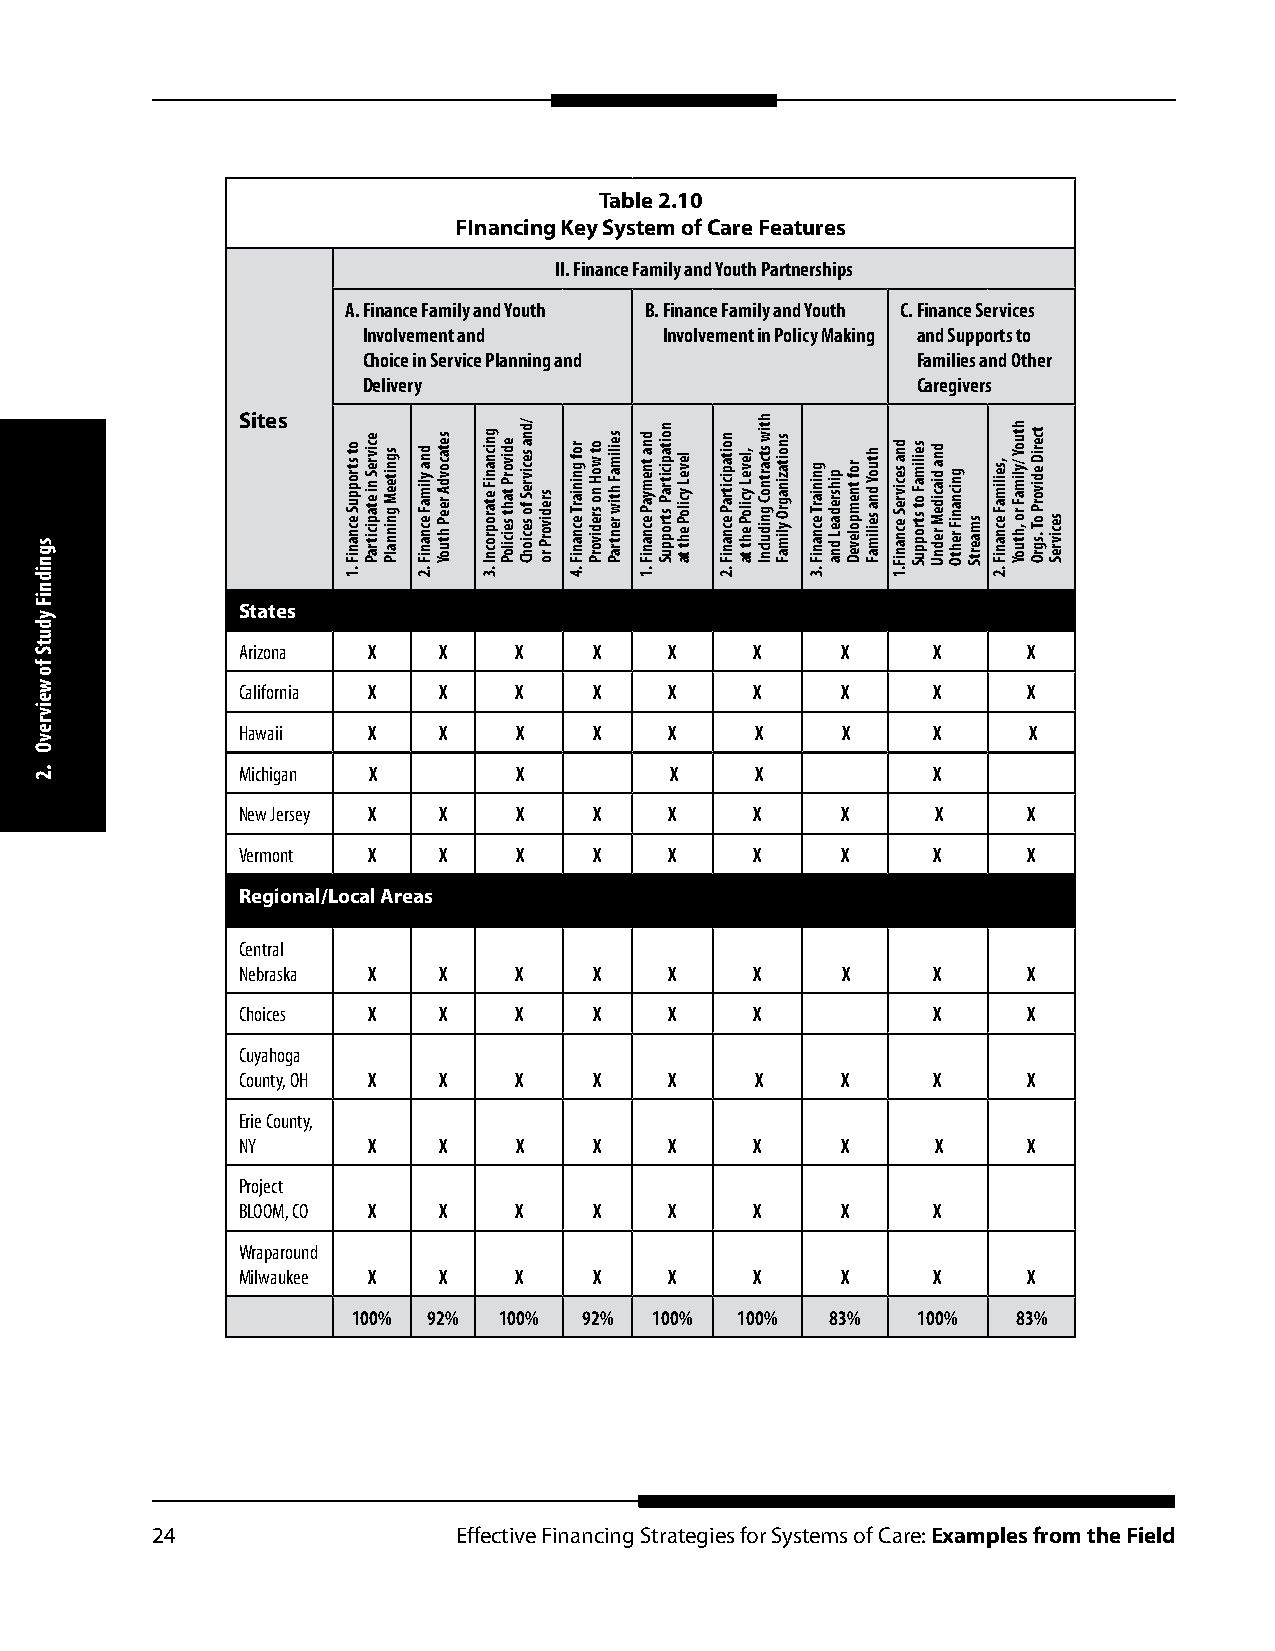
Table 2.10
 FInancing Key System of Care Features
 II. Finance Family and Youth Partnerships
 A. Finance Family and Youth B. Finance Family and Youth C. Finance Services
 Involvement and     Involvement in Policy Making and Supports to
 Choice in Service Planning and       Families and Other
 Delivery                             Caregivers
 Sites
 States
 Arizona X    X    X    X    X     X     X     X     X
 California X X    X    X    X     X     X     X     X
 Hawaii  X    X    X    X    X     X     X     X     X
 Michigan X        X         X     X           X
 New Jersey X X    X    X    X     X     X     X     X
 Vermont X    X    X    X    X     X     X     X     X
 Regional/Local Areas
 Central
 Nebraska X   X    X    X    X     X     X     X     X
 Choices X    X    X    X    X     X           X     X
 Cuyahoga
 County, OH X X    X    X    X     X     X     X     X
 Erie County,
 NY      X    X    X    X    X     X     X     X     X
 Project
 BLOOM, CO X  X    X    X    X     X     X     X
 Wraparound
 Milwaukee X  X    X    X    X     X     X     X     X
 100% 92%  100%  92% 100%  100%  83%   100%  83%
 24                  Effective Financing Strategies for Systems of Care: Examples from the Field
 sgnidniF
 ydutS
 fo
 weivrevO
 .2
 ot stroppuS
 ecnaniF
 .1
 ecivreS
 ni etapicitraP
 sgniteeM
 gninnalP
 dna ylimaF
 ecnaniF
 .2
 setacovdA
 reeP htuoY
 gnicnaniF
 etaroprocnI
 .3
 edivorP
 taht seiciloP
 /dna secivreS
 fo seciohC sredivorP
 ro
 rof gniniarT
 ecnaniF
 .4
 ot woH
 no sredivorP
 seilimaF
 htiw rentraP
 dna tnemyaP
 ecnaniF
 .1
 noitapicitraP
 stroppuS
 leveL
 yciloP eht
 ta
 noitapicitraP
 ecnaniF
 .2
 ,leveL
 yciloP eht
 ta
 htiw stcartnoC
 gnidulcnI
 snoitazinagrO
 ylimaF
 gniniarT
 ecnaniF
 .3
 pihsredaeL
 dna
 rof
 tnempoleveD
 htuoY
 dna seilimaF
 dna secivreS
 ecnaniF
 .1
 seilimaF
 ot stroppuS
 dna diacideM
 rednU
 gnicnaniF
 rehtO smaertS
 ,seilimaF
 ecnaniF
 .2
 htuoY /ylimaF
 ro ,htuoY
 tceriD edivorP
 oT .sgrO secivreS